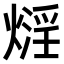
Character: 𤎛